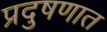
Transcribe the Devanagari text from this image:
प्रदुषणात